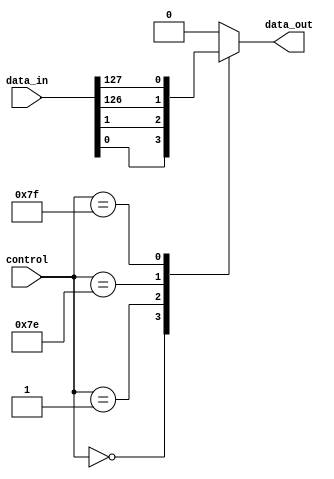
module multiplexer_128to1 (
    input wire [127:0] data_in,
    input wire [6:0] control,
    output reg data_out
);

always @(*) begin
    case(control)
        7'b0000000: data_out = data_in[0];
        7'b0000001: data_out = data_in[1];
        // continue for all 128 cases
        7'b1111110: data_out = data_in[126];
        7'b1111111: data_out = data_in[127];
        default: data_out = 0; // default case
    endcase
end

endmodule